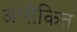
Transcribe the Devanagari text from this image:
अलौकित